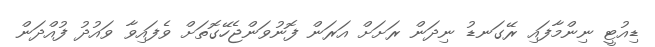
ޑިއުޓީ ނިންމާފައި ރޭގަނޑު ނިދަން ރަށަށް އަރަން ފޮނުވަންޖެހޭގޮތަށް ވެފައިވާ ވައުދު ފުއްދަން